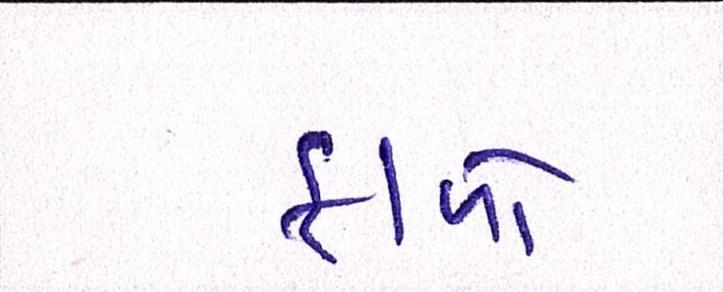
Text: ફાળો